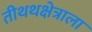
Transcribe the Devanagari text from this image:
तीथथक्षेत्राला